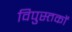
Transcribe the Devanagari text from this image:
विपुस्तकों